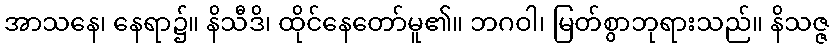
အာသနေ၊ နေရာ၌။ နိသီဒိ၊ ထိုင်နေတော်မူ၏။ ဘဂဝါ၊ မြတ်စွာဘုရားသည်။ နိသဇ္ဇ